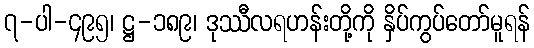
၇-ပါ-၄၉၅၊ ဋ္ဌ-၁၈၉၊ ဒုဿီလရဟန်းတို့ကို နှိပ်ကွပ်တော်မူရန်